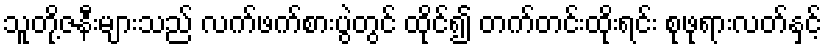
သူတို့ဇနီးများသည် လက်ဖက်စားပွဲတွင် ထိုင်၍ တက်တင်းထိုးရင်း စုဖုရားလတ်နှင့်